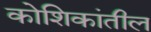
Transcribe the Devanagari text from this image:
कोशिकांतील